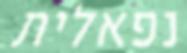
נפאלית